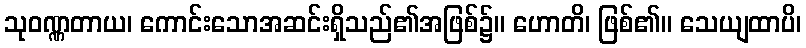
သုဝဏ္ဏတာယ၊ ကောင်းသောအဆင်းရှိသည်၏အဖြစ်၌။ ဟောတိ၊ ဖြစ်၏။ သေယျထာပိ၊